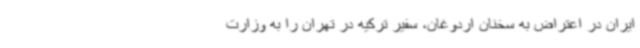
ایران در اعتراض به سخنان اردوغان، سفیر ترکیه در تهران را به وزارت